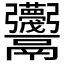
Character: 𱆕